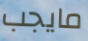
مايجب